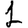
Digit: 1